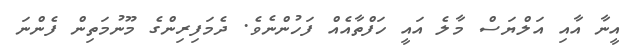
އީނާ އާއި އަލްޔަސް މާލެ އައީ ހަފްތާއެއް ފަހުންނެވެ. ދެމަފިރިންގެ މޫނުމަތިން ފެންނަ